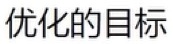
优化的目标